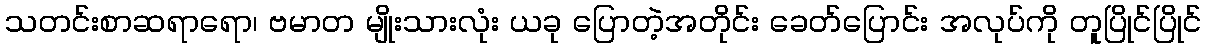
သတင်းစာဆရာရော၊ ဗမာတ မျိုးသားလုံး ယခု ပြောတဲ့အတိုင်း ခေတ်ပြောင်း အလုပ်ကို တူပြိုင်ပြိုင်